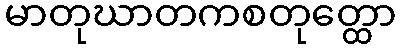
မာတုဃာတကစတုတ္ထော